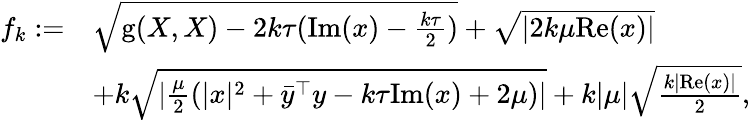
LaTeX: \begin{array}{rl}{f_{k}:=}&{\sqrt{\mathrm{g}(X,X)-2k\tau(\mathrm{Im}(x)-\frac{k\tau}{2})}+\sqrt{|2k\mu\mathrm{Re}(x)|}}\\ &{+k\sqrt{|\frac{\mu}{2}(|x|^{2}+\bar{y}^{\top}y-k\tau\mathrm{Im}(x)+2\mu)|}+k|\mu|\sqrt{\frac{k|\mathrm{Re}(x)|}{2}},}\end{array}